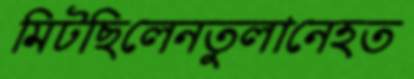
মিটছিলেনতুলানেহত